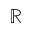
\mathbb { R }